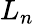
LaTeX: L_{n}